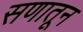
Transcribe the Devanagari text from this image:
सणातून